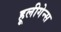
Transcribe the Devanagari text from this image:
हूलीगेन्स